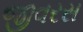
જીવરસ